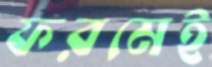
ফরমেই